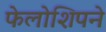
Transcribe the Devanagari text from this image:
फेलोशिपने